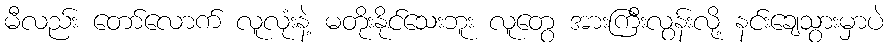
မီလည်း တော်လောက် လူလုံးနဲ့ မတိုးနိုင်သေးဘူး လူတွေ အားကြီးလွန်းလို့ နင်းချေသွားမှာပဲ